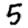
Digit: 5